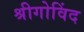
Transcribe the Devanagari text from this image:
श्रीगोविंद